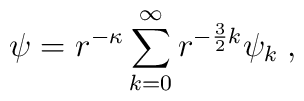
\psi=r^{-\kappa}\sum_{k=0}^\infty r^{-\frac{3}{2}k}\psi_k\;,